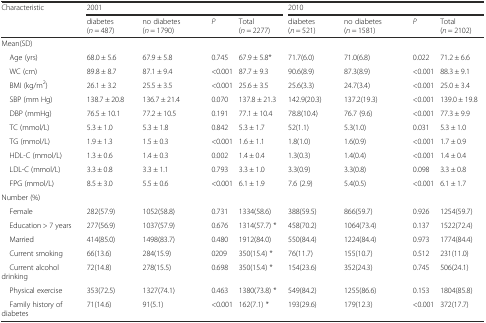
<table><thead><tr><td rowspan="2"><b>Characteristic</b></td><td colspan="4"><b>2001</b></td><td colspan="4"><b>2010</b></td></tr><tr><td><b>diabetes (<i>n</i> = 487)</b></td><td><b>no diabetes (<i>n</i> = 1790)</b></td><td><b><i>P</i></b></td><td><b>Total (<i>n</i> = 2277)</b></td><td><b>diabetes (<i>n</i> = 521)</b></td><td><b>no diabetes (<i>n</i> = 1581)</b></td><td><b><i>P</i></b></td><td><b>Total (<i>n</i> = 2102)</b></td></tr></thead><tbody><tr><td>Mean(SD)</td><td></td><td></td><td></td><td></td><td></td><td></td><td></td><td></td></tr><tr><td> Age (yrs)</td><td>68.0 ± 5.6</td><td>67.9 ± 5.8</td><td>0.745</td><td>67.9 ± 5.8*</td><td>71.7(6.0)</td><td>71.0(6.8)</td><td>0.022</td><td>71.2 ± 6.6</td></tr><tr><td> WC (cm)</td><td>89.8 ± 8.7</td><td>87.1 ± 9.4</td><td>&lt;0.001</td><td>87.7 ± 9.3</td><td>90.6(8.9)</td><td>87.3(8.9)</td><td>&lt;0.001</td><td>88.3 ± 9.1</td></tr><tr><td> BMI (kg/m<sup>2</sup>)</td><td>26.1 ± 3.2</td><td>25.5 ± 3.5</td><td>&lt;0.001</td><td>25.6 ± 3.5</td><td>25.6(3.3)</td><td>24.7(3.4)</td><td>&lt;0.001</td><td>25.0 ± 3.4</td></tr><tr><td> SBP (mm Hg)</td><td>138.7 ± 20.8</td><td>136.7 ± 21.4</td><td>0.070</td><td>137.8 ± 21.3</td><td>142.9(20.3)</td><td>137.2(19.3)</td><td>&lt;0.001</td><td>139.0 ± 19.8</td></tr><tr><td> DBP (mmHg)</td><td>76.5 ± 10.1</td><td>77.2 ± 10.5</td><td>0.191</td><td>77.1 ± 10.4</td><td>78.8(10.4)</td><td>76.7 (9.6)</td><td>&lt;0.001</td><td>77.3 ± 9.9</td></tr><tr><td> TC (mmol/L)</td><td>5.3 ± 1.0</td><td>5.3 ± 1.8</td><td>0.842</td><td>5.3 ± 1.7</td><td>52(1.1)</td><td>5.3(1.0)</td><td>0.031</td><td>5.3 ± 1.0</td></tr><tr><td> TG (mmol/L)</td><td>1.9 ± 1.3</td><td>1.5 ± 0.3</td><td>&lt;0.001</td><td>1.6 ± 1.1</td><td>1.8(1.0)</td><td>1.6(0.9)</td><td>&lt;0.001</td><td>1.7 ± 0.9</td></tr><tr><td> HDL-C (mmol/L)</td><td>1.3 ± 0.6</td><td>1.4 ± 0.3</td><td>0.002</td><td>1.4 ± 0.4</td><td>1.3(0.3)</td><td>1.4(0.4)</td><td>&lt;0.001</td><td>1.4 ± 0.4</td></tr><tr><td> LDL-C (mmol/L)</td><td>3.3 ± 0.8</td><td>3.3 ± 1.1</td><td>0.793</td><td>3.3 ± 1.0</td><td>3.3(0.9)</td><td>3.3(0.8)</td><td>0.098</td><td>3.3 ± 0.8</td></tr><tr><td> FPG (mmol/L)</td><td>8.5 ± 3.0</td><td>5.5 ± 0.6</td><td>&lt;0.001</td><td>6.1 ± 1.9</td><td>7.6 (2.9)</td><td>5.4(0.5)</td><td>&lt;0.001</td><td>6.1 ± 1.7</td></tr><tr><td>Number (%)</td><td></td><td></td><td></td><td></td><td></td><td></td><td></td><td></td></tr><tr><td> Female</td><td>282(57.9)</td><td>1052(58.8)</td><td>0.731</td><td>1334(58.6)</td><td>388(59.5)</td><td>866(59.7)</td><td>0.926</td><td>1254(59.7)</td></tr><tr><td> Education &gt; 7 years</td><td>277(56.9)</td><td>1037(57.9)</td><td>0.676</td><td>1314(57.7) *</td><td>458(70.2)</td><td>1064(73.4)</td><td>0.137</td><td>1522(72.4)</td></tr><tr><td> Married</td><td>414(85.0)</td><td>1498(83.7)</td><td>0.480</td><td>1912(84.0)</td><td>550(84.4)</td><td>1224(84.4)</td><td>0.973</td><td>1774(84.4)</td></tr><tr><td> Current smoking</td><td>66(13.6)</td><td>284(15.9)</td><td>0209</td><td>350(15.4) *</td><td>76(11.7)</td><td>155(10.7)</td><td>0.512</td><td>231(11.0)</td></tr><tr><td> Current alcohol drinking</td><td>72(14.8)</td><td>278(15.5)</td><td>0.698</td><td>350(15.4) *</td><td>154(23.6)</td><td>352(24.3)</td><td>0.745</td><td>506(24.1)</td></tr><tr><td> Physical exercise</td><td>353(72.5)</td><td>1327(74.1)</td><td>0.463</td><td>1380(73.8) *</td><td>549(84.2)</td><td>1255(86.6)</td><td>0.153</td><td>1804(85.8)</td></tr><tr><td> Family history of diabetes</td><td>71(14.6)</td><td>91(5.1)</td><td>&lt;0.001</td><td>162(7.1) *</td><td>193(29.6)</td><td>179(12.3)</td><td>&lt;0.001</td><td>372(17.7)</td></tr></tbody></table>